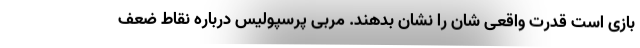
بازی است قدرت واقعی شان را نشان بدهند. مربی پرسپولیس درباره نقاط ضعف